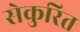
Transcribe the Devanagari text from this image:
सेकुरित